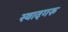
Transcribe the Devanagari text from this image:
स्वादगरु